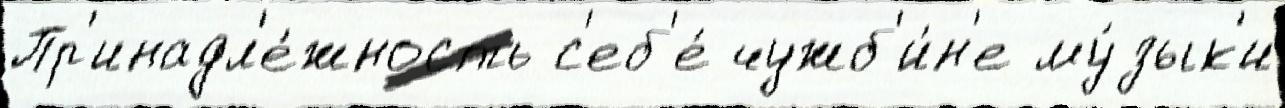
Пр'инадл'е́жность с'еб'е́ чужб'и́н'е му́зык'и